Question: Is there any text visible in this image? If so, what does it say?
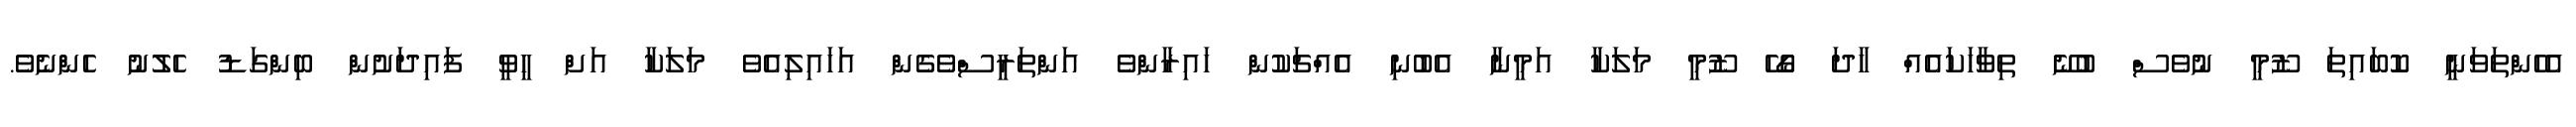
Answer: އެހެންތަވަނީ ކޮބައިތަ ޒޫމީ ނުވެސް ބުނޭ ތިވާހަކައެއް ހާދަ ގޯހޭ ޒޫމީ މަލަކާ އަމީނާ އެބުނި އެއްޗަކުން ހައިރާންވެ އަންތަރީސްވެގެން އަހައިލިއެވެ މަލަކާ އަށް ހީވީ ފައިދަށުން ބިންގަޑު ހެލުނު ހެންނެވެ.